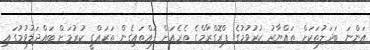
އަންނަ ބަދަލުތަކަށް ތައްޔާރު ކުރުވުމުގެ ޕްރޮގްރާމްގެ ތެރެއަށް ފައްތައިގެން ތަރައްގީ ކުރުމަށް ބައްދަލުވުމުގައި